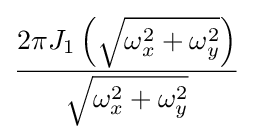
{\frac {2\pi J_{1}\left({\sqrt {\omega _{x}^{2}+\omega _{y}^{2}}}\right)}{\sqrt {\omega _{x}^{2}+\omega _{y}^{2}}}}